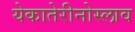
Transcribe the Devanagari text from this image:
येकातेरीनोस्लाव